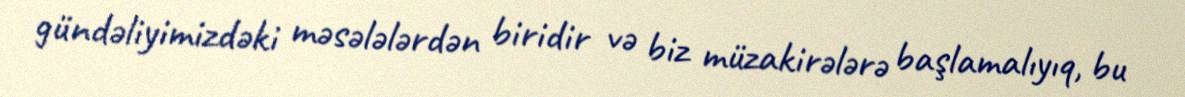
gündəliyimizdəki məsələlərdən biridir və biz müzakirələrə başlamalıyıq, bu